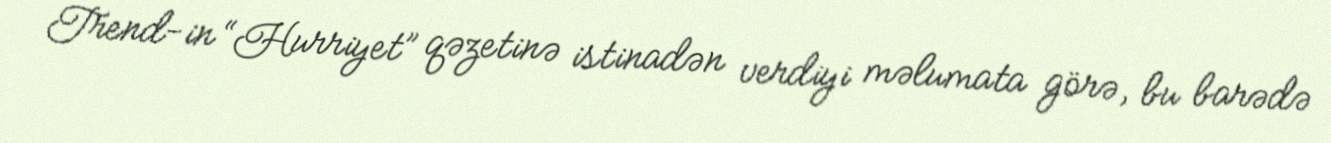
Trend-in “Hurriyet” qəzetinə istinadən verdiyi məlumata görə, bu barədə